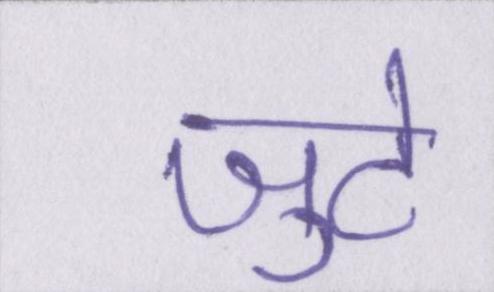
जुटे